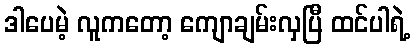
ဒါပေမဲ့ လူကတော့ ကျောချမ်းလှပြီ ထင်ပါရဲ့